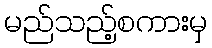
မည်သည့်စကားမှ